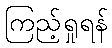
ကြည့်ရှုရန်